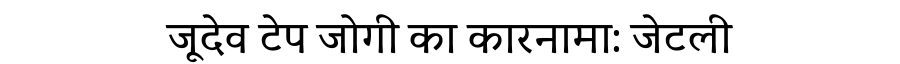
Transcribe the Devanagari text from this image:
जूदेव टेप जोगी का कारनामा: जेटली